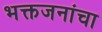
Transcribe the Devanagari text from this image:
भक्तजनांचा